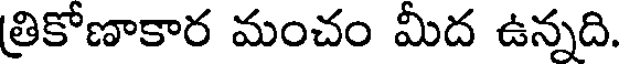
త్రికోణాకార మంచం మీద ఉన్నది.